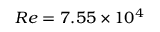
R e = 7 . 5 5 \times 1 0 ^ { 4 }